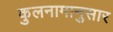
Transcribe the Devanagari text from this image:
कुलनामानुसार